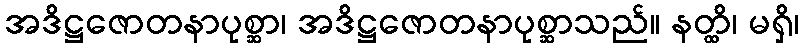
အဒိဋ္ဌဇောတနာပုစ္ဆာ၊ အဒိဋ္ဌဇောတနာပုစ္ဆာသည်။ နတ္ထိ၊ မရှိ၊